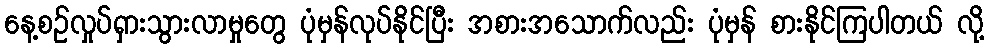
နေ့စဉ်လှုပ်ရှားသွားလာမှုတွေ ပုံမှန်လုပ်နိုင်ပြီး အစားအသောက်လည်း ပုံမှန် စားနိုင်ကြပါတယ် လို့